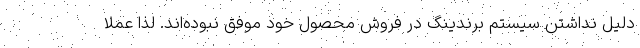
دلیل نداشتن سیستم برندینگ در فروش محصول خود موفق نبوده‌اند. لذا عملا